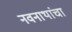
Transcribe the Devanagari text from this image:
नवनाथांचा